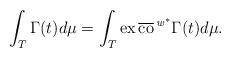
LaTeX: \begin{align*}\int_T\Gamma(t)d\mu=\int_T\mathrm{ex}\,\overline{\mathrm{co}}^{\,\mathit{w}^*}\Gamma(t)d\mu. \end{align*}